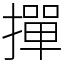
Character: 撣